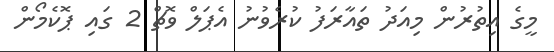
މީގެ އިތުރުން މިއަދު ތައާރަފު ކުރެވުނު އެޕަލް ވޮޗް 2 ގައި ޕޮކެމޯން